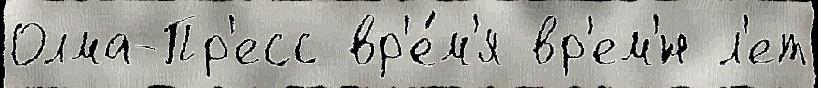
Олма-Пр'есс вр'е́м'я вр'ем'́н л'ет